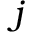
j